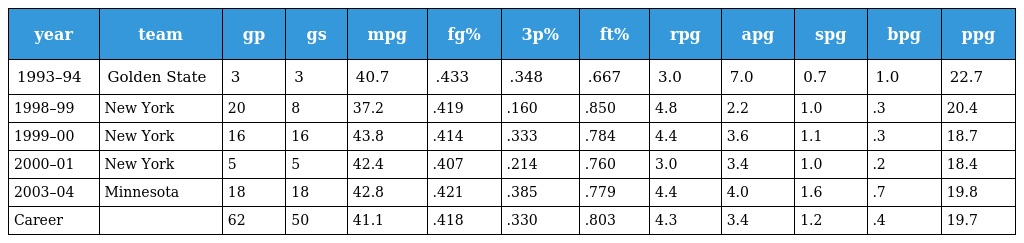
| year | team | gp | gs | mpg | fg% | 3p% | ft% | rpg | apg | spg | bpg | ppg |
 | --- | --- | --- | --- | --- | --- | --- | --- | --- | --- | --- | --- | --- |
 | 1993–94 | Golden State | 3 | 3 | 40.7 | .433 | .348 | .667 | 3.0 | 7.0 | 0.7 | 1.0 | 22.7 |
 | 1998–99 | New York | 20 | 8 | 37.2 | .419 | .160 | .850 | 4.8 | 2.2 | 1.0 | .3 | 20.4 |
 | 1999–00 | New York | 16 | 16 | 43.8 | .414 | .333 | .784 | 4.4 | 3.6 | 1.1 | .3 | 18.7 |
 | 2000–01 | New York | 5 | 5 | 42.4 | .407 | .214 | .760 | 3.0 | 3.4 | 1.0 | .2 | 18.4 |
 | 2003–04 | Minnesota | 18 | 18 | 42.8 | .421 | .385 | .779 | 4.4 | 4.0 | 1.6 | .7 | 19.8 |
 | Career |  | 62 | 50 | 41.1 | .418 | .330 | .803 | 4.3 | 3.4 | 1.2 | .4 | 19.7 |